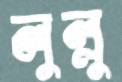
লুল্লু